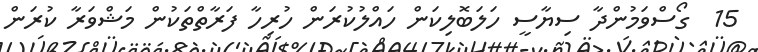
15  ގޯސްވަމުންދާ ސިޔާސީ ހަލަބޮލިކަން ހައްލުކުރަން ހުރިހާ ފަރާތްތަކުން މަޝްވަރާ ކުރަން